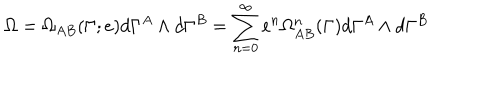
\Omega = \Omega _ { A B } ( \Gamma ; e ) d \Gamma ^ { A } \wedge d \Gamma ^ { B } = \sum _ { n = 0 } ^ { \infty } e ^ { n } \Omega _ { A B } ^ { n } ( \Gamma ) d \Gamma ^ { A } \wedge d \Gamma ^ { B }